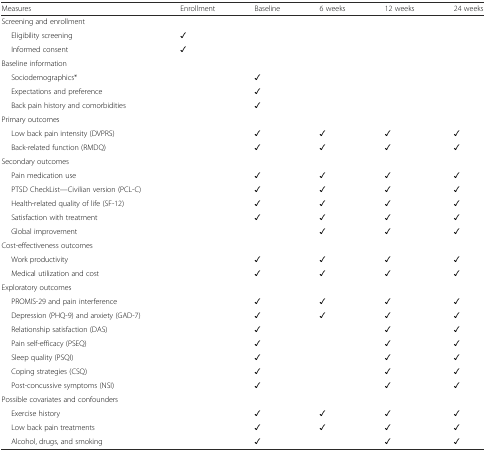
| Measures | Enrollment | Baseline | 6 weeks | 12 weeks | 24 weeks |
 | --- | --- | --- | --- | --- | --- |
 | <COLSPAN=6> Screening and enrollment |
 | Eligibility screening | ✓ |  |  |  |  |
 | Informed consent | ✓ |  |  |  |  |
 | <COLSPAN=6> Baseline information |
 | Sociodemographics* |  | ✓ |  |  |  |
 | Expectations and preference |  | ✓ |  |  |  |
 | Back pain history and comorbidities |  | ✓ |  |  |  |
 | <COLSPAN=6> Primary outcomes |
 | Low back pain intensity (DVPRS) |  | ✓ | ✓ | ✓ | ✓ |
 | Back-related function (RMDQ) |  | ✓ | ✓ | ✓ | ✓ |
 | <COLSPAN=6> Secondary outcomes |
 | Pain medication use |  | ✓ | ✓ | ✓ | ✓ |
 | PTSD CheckList—Civilian version (PCL-C) |  | ✓ | ✓ | ✓ | ✓ |
 | Health-related quality of life (SF-12) |  | ✓ | ✓ | ✓ | ✓ |
 | Satisfaction with treatment |  | ✓ | ✓ | ✓ | ✓ |
 | Global improvement |  |  | ✓ | ✓ | ✓ |
 | <COLSPAN=6> Cost-effectiveness outcomes |
 | Work productivity |  | ✓ | ✓ | ✓ | ✓ |
 | Medical utilization and cost |  | ✓ | ✓ | ✓ | ✓ |
 | <COLSPAN=6> Exploratory outcomes |
 | PROMIS-29 and pain interference |  | ✓ | ✓ | ✓ | ✓ |
 | Depression (PHQ-9) and anxiety (GAD-7) |  | ✓ | ✓ | ✓ | ✓ |
 | Relationship satisfaction (DAS) |  | ✓ |  | ✓ | ✓ |
 | Pain self-efficacy (PSEQ) |  | ✓ |  | ✓ | ✓ |
 | Sleep quality (PSQI) |  | ✓ |  | ✓ | ✓ |
 | Coping strategies (CSQ) |  | ✓ |  | ✓ | ✓ |
 | Post-concussive symptoms (NSI) |  | ✓ |  | ✓ | ✓ |
 | <COLSPAN=6> Possible covariates and confounders |
 | Exercise history |  | ✓ | ✓ | ✓ | ✓ |
 | Low back pain treatments |  | ✓ | ✓ | ✓ | ✓ |
 | Alcohol, drugs, and smoking |  | ✓ |  | ✓ | ✓ |